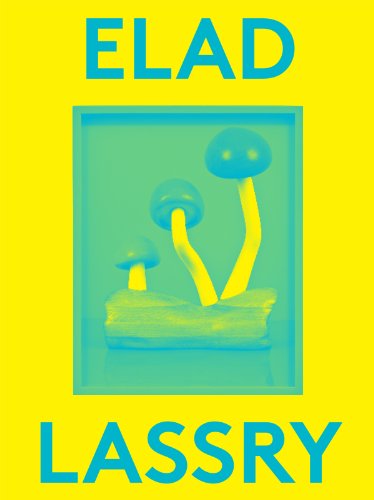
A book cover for Elad Lassry: 2000 Words; Tim Griffin; Arts & Photography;